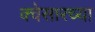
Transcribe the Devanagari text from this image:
क्वेसारच्या